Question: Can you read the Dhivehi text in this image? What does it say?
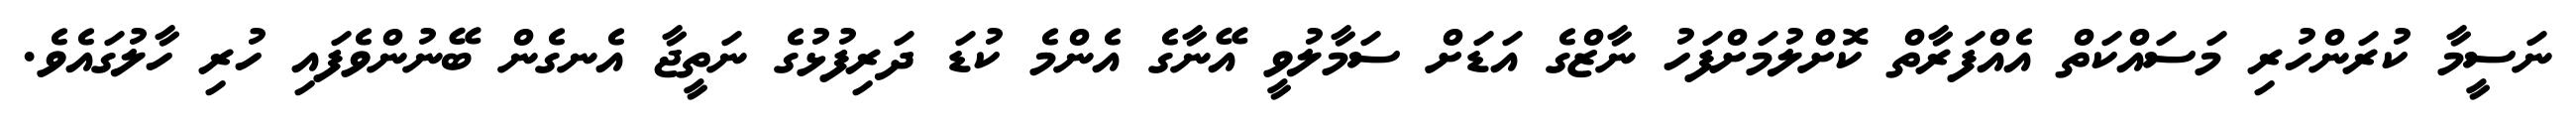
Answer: ނަސީމާ ކުރަންހުރި މަސައްކަތް އެއްފަރާތް ކޮށްލުމަށްފަހު ނާޒްގެ އަޑަށް ސަމާލުވީ އޭނާގެ އެންމެ ކުޑަ ދަރިފުޅުގެ ނަތީޖާ އެނގެން ބޭނުންވެފައި ހުރި ހާލުގައެވެ.